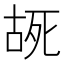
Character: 𫪔